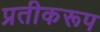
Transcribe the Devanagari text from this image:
प्रतीकरूप